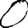
Digit: 0